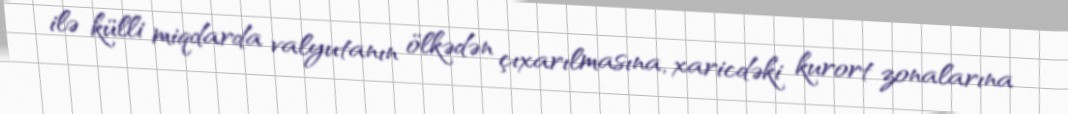
ilə külli miqdarda valyutanın ölkədən çıxarılmasına, xaricdəki kurort zonalarına